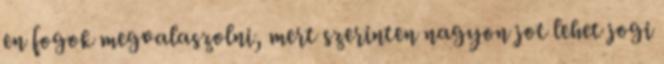
en fogok megvalaszolni, mert szerinten nagyon jot lehet jogi